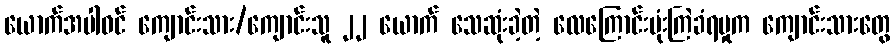
ယောက်အပါဝင် ကျောင်းသား/ကျောင်းသူ ၂၂ ယောက် သေဆုံးခဲ့တဲ့ လေကြောင်းဗုံးကြဲခံရမှုက ကျောင်းသားတွေ